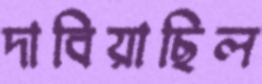
দাবিয়াছিল